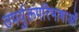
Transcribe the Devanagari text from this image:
उपर्युक्तपरिभाषाओं